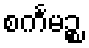
စင်္ကမဉ္စ